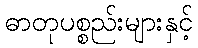
ဓာတုပစ္စည်းများနှင့်